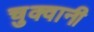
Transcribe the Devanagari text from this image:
चुक्वानी